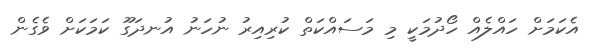
އެކަމަށް ހައްލެއް ހޯދުމަކީ މި މަސައްކަތް ކުރިއިރު ނުހަނު އުނދަގޫ ކަމަކަށް ވެގެން